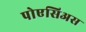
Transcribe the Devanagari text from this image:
पोएसिअस